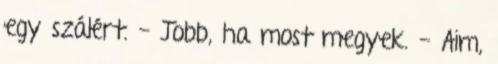
egy szálért. - Jobb, ha most megyek. - Aim,